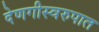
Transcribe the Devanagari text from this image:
देणगीस्वरुपात